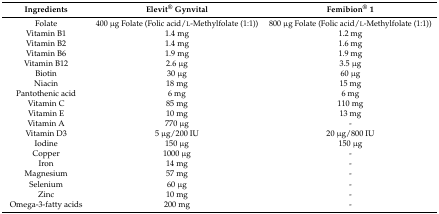
<table><thead><tr><td><b>Ingredients</b></td><td><b>Elevit<sup>®</sup> Gynvital</b></td><td><b>Femibion<sup>®</sup> 1</b></td></tr></thead><tbody><tr><td>Folate</td><td>400 μg Folate (Folic acid/l-Methylfolate (1:1))</td><td>800 μg Folate (Folic acid/l-Methylfolate (1:1))</td></tr><tr><td>Vitamin B1</td><td>1.4 mg</td><td>1.2 mg</td></tr><tr><td>Vitamin B2</td><td>1.4 mg</td><td>1.6 mg</td></tr><tr><td>Vitamin B6</td><td>1.9 mg</td><td>1.9 mg</td></tr><tr><td>Vitamin B12</td><td>2.6 μg</td><td>3.5 μg</td></tr><tr><td>Biotin</td><td>30 μg</td><td>60 μg</td></tr><tr><td>Niacin</td><td>18 mg</td><td>15 mg</td></tr><tr><td>Pantothenic acid</td><td>6 mg</td><td>6 mg</td></tr><tr><td>Vitamin C</td><td>85 mg</td><td>110 mg</td></tr><tr><td>Vitamin E</td><td>10 mg</td><td>13 mg</td></tr><tr><td>Vitamin A</td><td>770 μg</td><td>-</td></tr><tr><td>Vitamin D3</td><td>5 μg/200 IU</td><td>20 μg/800 IU</td></tr><tr><td>Iodine</td><td>150 μg</td><td>150 μg</td></tr><tr><td>Copper</td><td>1000 μg</td><td>-</td></tr><tr><td>Iron</td><td>14 mg</td><td>-</td></tr><tr><td>Magnesium</td><td>57 mg</td><td>-</td></tr><tr><td>Selenium</td><td>60 μg</td><td>-</td></tr><tr><td>Zinc</td><td>10 mg</td><td>-</td></tr><tr><td>Omega-3-fatty acids</td><td>200 mg</td><td>-</td></tr></tbody></table>